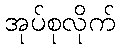
အုပ်စုလိုက်